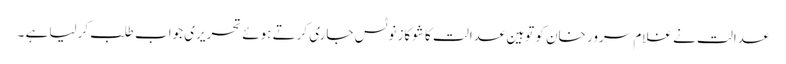
عدالت نے غلام سرور خان کو توہین عدالت کا شوکاز نوٹس جاری کرتے ہوئے تحریری جواب طلب کرلیا ہے ۔